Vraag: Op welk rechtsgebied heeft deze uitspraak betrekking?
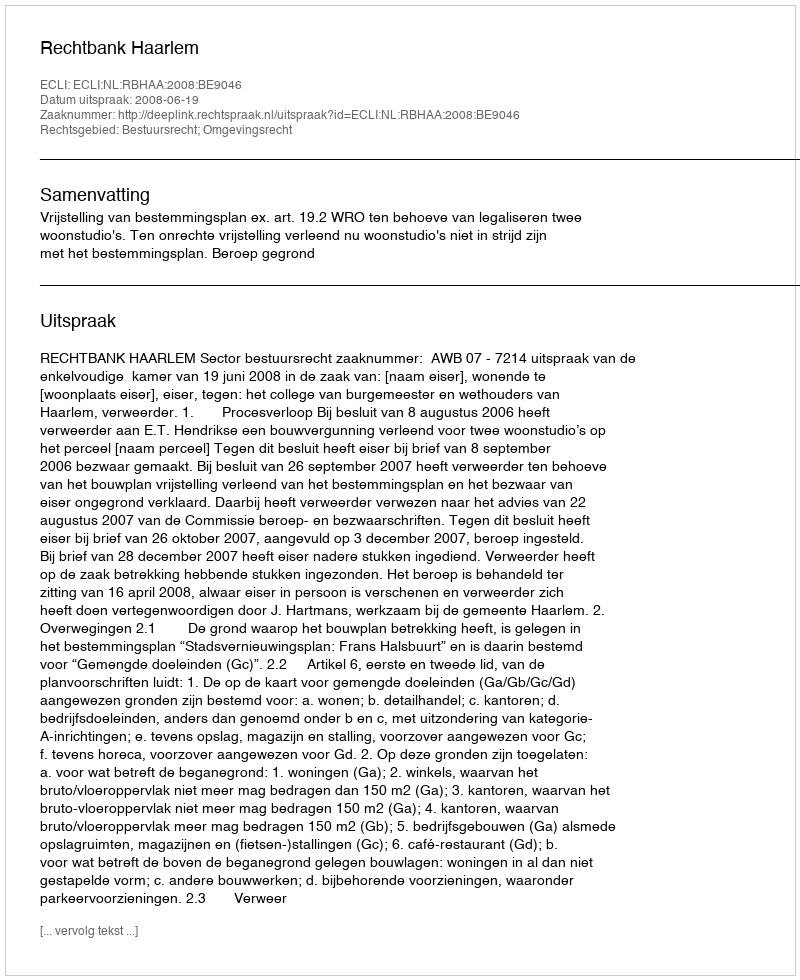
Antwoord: Bestuursrecht; Omgevingsrecht